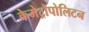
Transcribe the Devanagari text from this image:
केमेट्रोपोलिटन